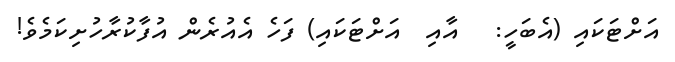
އަށްޓަކައި (އެބަހީ:   އާއި  އަށްޓަކައި) ފަހެ އެއުރެން އުފާކުރާހުށިކަމެވެ!